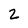
Character: Z